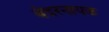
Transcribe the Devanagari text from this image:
बंदरनायक